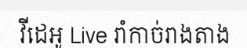
វីដេអូ Live រាំកាច់រាងតាង